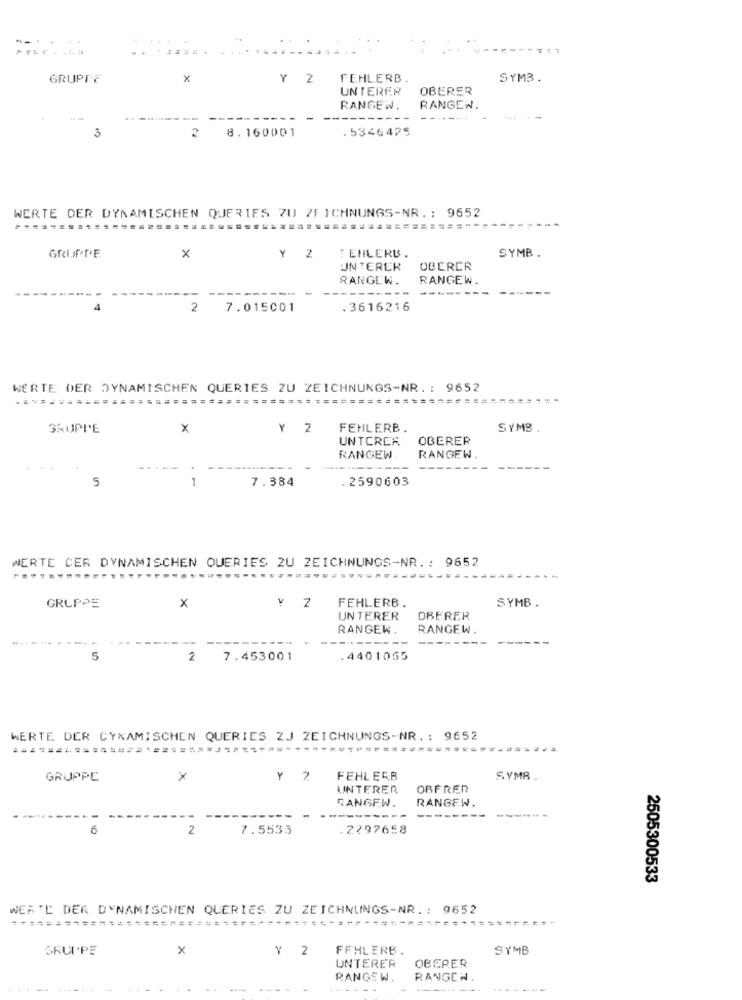
GRUPIE
x
Y 2
FEHLERB.
SYM3
UNTERER
OBERER
RANGEW.
RANGEW.
--.....
.5346475
3
2
8.160001
WERTE DER DYNAMISCHEN QUERIES ZU 7F ICHNUNGS-NR .: 9652
=====================-=-
GRUPPE
x
Y Z
TENLERB .
SYMB .
UNTERER
OBERER
RANGEW.
RANGEW.
4
2
7.015001
.3616216
WERTE DER DYNAMISCHEN QUERIES ZU ZEICHNUNGS-NR. : 9652
SKUPI'E
x
Y
FEHLERB.
SYMB .
UNTCRER
OBERER
RANGEW.
RANGEW
5
7.384
.2590603
WERTE CER DYNAMISCHEN QUERIES 2U ZEICHNUNGS-NR. : 9652
GRUPPE
X
FEHLERB .
SYMB
UNTERER
OBERER
RANGEW.
RANGEW.
5
2
7.453001
.4401065
WERTE DER CYNAMISCHEN QUERIES 2J ZEICHNUNGS-NR .: 9652
...........
GRUPPE
×
Y ?
FEHLERB
SYM8
UNTERER
OBFRER
CANGEW.
RANGEW.
---
-------
6
2
7.5535
.2297658
2505300533
WERTE DER DYNAMISCHEN QUERIES ZU ZEICHNUNGS-NR .: 9652
=====================-
SRUI.PE
x
Y 2
FFHLERB .
SYMB
OBERER
UNTERER
RANGEW.
RANGEW.
....
..
..
-
-
-----
-------